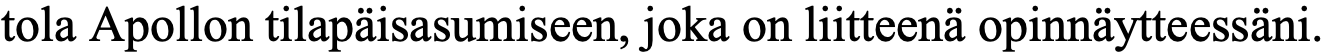
tola Apollon tilapäisasumiseen, joka on liitteenä opinnäytteessäni.